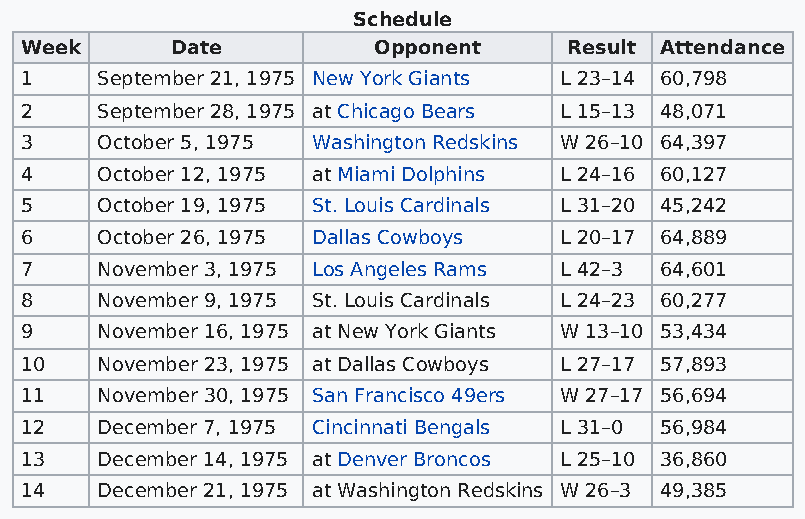
Schedule
 Week      Date          Opponent     Result Attendance
 1    September 21, 1975 New York Giants L 23–14 60,798
 2    September 28, 1975 at Chicago Bears L 15–13 48,071
 3    October 5, 1975 Washington Redskins W 26–10 64,397
 4    October 12, 1975 at Miami Dolphins L 24–16 60,127
 5    October 19, 1975 St. Louis Cardinals L 31–20 45,242
 6    October 26, 1975 Dallas Cowboys L 20–17 64,889
 7    November 3, 1975 Los Angeles Rams L 42–3 64,601
 8    November 9, 1975 St. Louis Cardinals L 24–23 60,277
 9    November 16, 1975 at New York Giants W 13–10 53,434
 10   November 23, 1975 at Dallas Cowboys L 27–17 57,893
 11   November 30, 1975 San Francisco 49ers W 27–17 56,694
 12   December 7, 1975 Cincinnati Bengals L 31–0 56,984
 13   December 14, 1975 at Denver Broncos L 25–10 36,860
 14   December 21, 1975 at Washington Redskins W 26–3 49,385